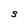
Character: S